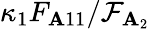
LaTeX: \kappa_{1}F_{\mathbf{A}11}/\mathcal{{F}}_{\mathbf{A}_{2}}